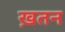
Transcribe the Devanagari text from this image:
ख़तन